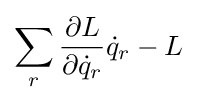
\sum _{r}{\frac {\partial L}{\partial {\dot {q}}_{r}}}{\dot {q}}_{r}-L